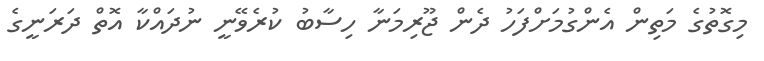
މިގޮތުގެ މަތިން އެންގުމަށްފަހު ދެން ޖޫރިމަނާ ހިސާބު ކުރެވޭނީ ނުދައްކާ އޮތް ދަރަނީގެ